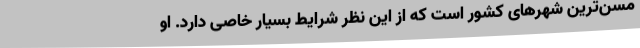
مسن‌ترین شهر‌های کشور است که از این نظر شرایط بسیار خاصی دارد. او